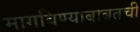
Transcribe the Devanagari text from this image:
मागविण्याबाबतची